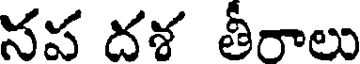
నప దశ తీరాలు